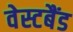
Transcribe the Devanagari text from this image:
वेस्टबैंड